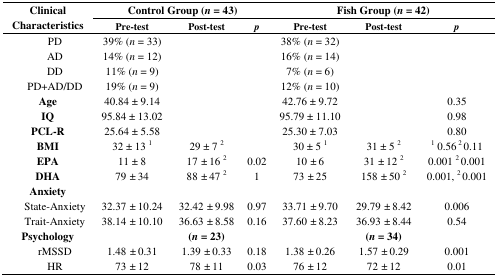
<table><thead><tr><td rowspan="2"><b>Clinical Characteristics</b></td><td colspan="3"><b>Control Group (<i>n</i> = 43)</b></td><td colspan="3"><b>Fish Group (<i>n</i> = 42)</b></td></tr><tr><td><b>Pre-test</b></td><td><b>Post-test</b></td><td><b><i>p</i></b></td><td><b>Pre-test</b></td><td><b>Post-test</b></td><td><b><i>p</i></b></td></tr></thead><tbody><tr><td>PD</td><td>39% (<i>n</i> = 33)</td><td></td><td></td><td>38% (<i>n</i> = 32)</td><td></td><td></td></tr><tr><td>AD</td><td>14% (<i>n</i> = 12)</td><td></td><td></td><td>16% (<i>n</i> = 14)</td><td></td><td></td></tr><tr><td>DD</td><td>11% (<i>n</i> = 9)</td><td></td><td></td><td>7% (<i>n</i> = 6)</td><td></td><td></td></tr><tr><td>PD+AD/DD</td><td>19% (<i>n</i> = 9)</td><td></td><td></td><td>12% (<i>n</i> = 10)</td><td></td><td></td></tr><tr><td><b>Age</b></td><td>40.84 ± 9.14</td><td></td><td></td><td>42.76 ± 9.72</td><td></td><td>0.35</td></tr><tr><td><b>IQ</b></td><td>95.84 ± 13.02</td><td></td><td></td><td>95.79 ± 11.10</td><td></td><td>0.98</td></tr><tr><td><b>PCL-R</b></td><td>25.64 ± 5.58</td><td></td><td></td><td>25.30 ± 7.03</td><td></td><td>0.80</td></tr><tr><td><b>BMI</b></td><td>32 ± 13 <sup>1</sup></td><td>29 ± 7 <sup>2</sup></td><td></td><td>30 ± 5 <sup>1</sup></td><td>31 ± 5 <sup>2</sup></td><td><sup>1</sup> 0.56 <sup>2</sup> 0.11</td></tr><tr><td><b>EPA</b></td><td>11 ± 8</td><td>17 <i>±</i> 16 <sup>2</sup></td><td>0.02</td><td>10 <i>±</i> 6</td><td>31 <i>±</i> 12 <sup>2</sup></td><td>0.001 <sup>2</sup> 0.001</td></tr><tr><td><b>DHA</b></td><td>79 <i>±</i> 34</td><td>88 <i>±</i> 47 <sup>2</sup></td><td>1</td><td>73 <i>±</i> 25</td><td>158 <i>±</i> 50 <sup>2</sup></td><td>0.001, <sup>2</sup> 0.001</td></tr><tr><td><b>Anxiety</b></td><td></td><td></td><td></td><td></td><td></td><td></td></tr><tr><td>State-Anxiety</td><td>32.37 <i>±</i> 10.24</td><td>32.42 <i>±</i> 9.98</td><td>0.97</td><td>33.71 <i>±</i> 9.70</td><td>29.79 <i>±</i> 8.42</td><td>0.006</td></tr><tr><td>Trait-Anxiety</td><td>38.14 <i>±</i> 10.10</td><td>36.63 <i>±</i> 8.58</td><td>0.16</td><td>37.60 <i>±</i> 8.23</td><td>36.93 <i>±</i> 8.44</td><td>0.54</td></tr><tr><td><b>Psychology</b></td><td></td><td><b>(<i>n</i> = 23)</b></td><td></td><td></td><td><b>(<i>n</i> = 34)</b></td><td></td></tr><tr><td>rMSSD</td><td>1.48 <i>±</i> 0.31</td><td>1.39 <i>±</i> 0.33</td><td>0.18</td><td>1.38 <i>±</i> 0.26</td><td>1.57 <i>±</i> 0.29</td><td>0.001</td></tr><tr><td>HR</td><td>73 <i>±</i> 12</td><td>78 <i>±</i> 11</td><td>0.03</td><td>76 <i>±</i> 12</td><td>72 <i>±</i> 12</td><td>0.01</td></tr></tbody></table>